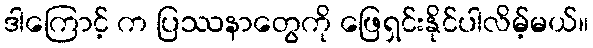
ဒါကြောင့် က ပြဿနာတွေကို ဖြေရှင်းနိုင်ပါလိမ့်မယ်။